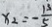
x _ { 2 } = - \frac { 1 3 } { 5 }